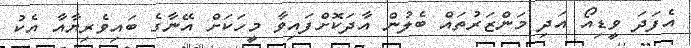
އެފަދަ ވީޑިއޯ އަދި މަންޒަރުތައް ބެލުން އާދަކޮށްފައިވާ މީހަކަށް އޭނާގެ ބައިވެރިޔާއާ އެކު